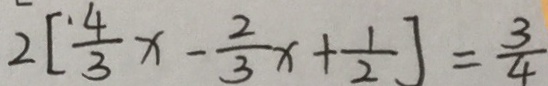
2 [ \frac { 4 } { 3 } x - \frac { 2 } { 3 } x + \frac { 1 } { 2 } ] = \frac { 3 } { 4 }